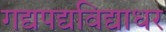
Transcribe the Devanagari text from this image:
गद्यपद्यविद्याधर